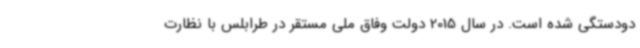
دودستگی شده است. در سال 2015 دولت وفاق ملی مستقر در طرابلس با نظارت